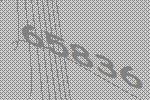
65836